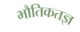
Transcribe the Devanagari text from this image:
भौतिकतज्ञ